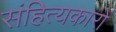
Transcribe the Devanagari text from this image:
संहित्यकारों